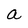
Character: a